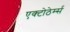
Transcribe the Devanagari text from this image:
एक्टोठेर्म्स